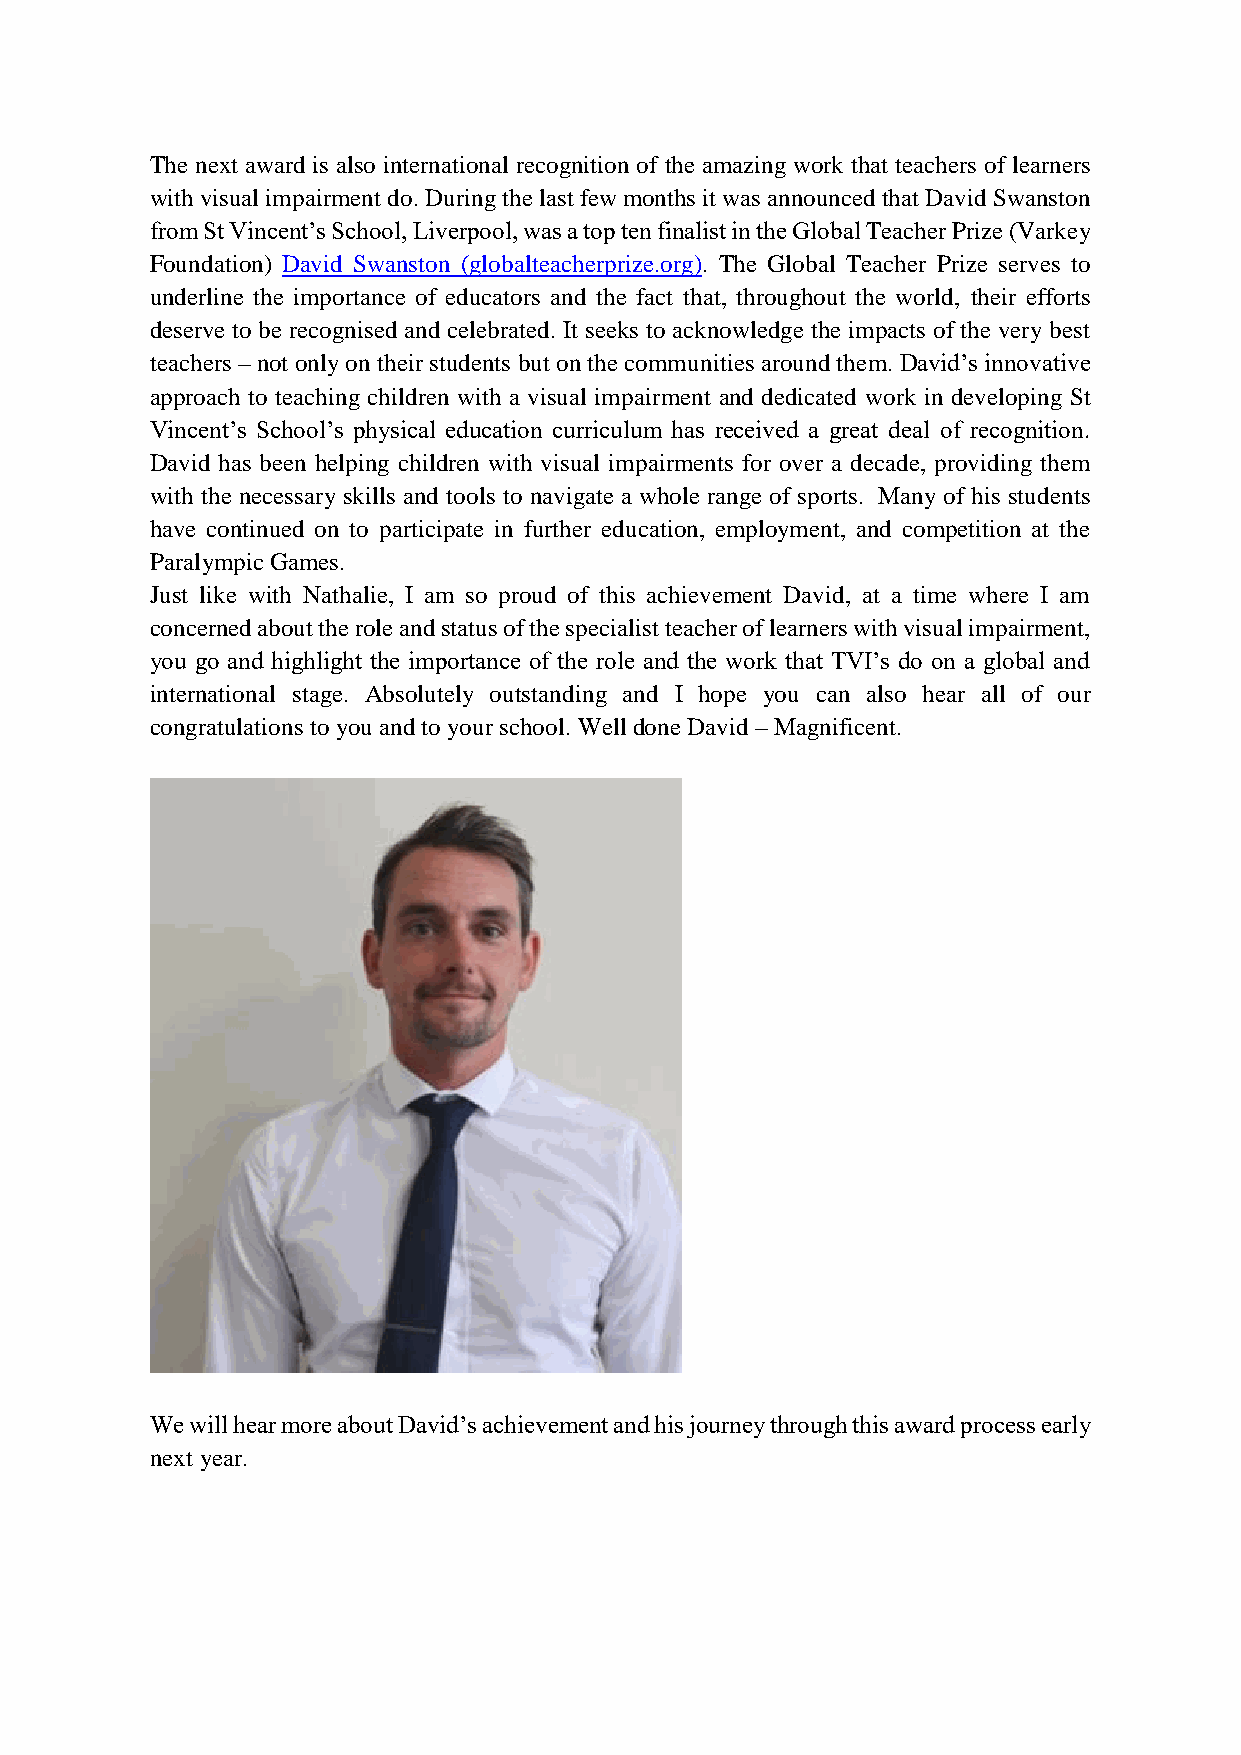
The next award is also international recognition of the amazing work that teachers of learners
 with visual impairment do. During the last few months it was announced that David Swanston
 from St Vincent’s School, Liverpool, was a top ten finalist in the Global Teacher Prize (Varkey
 Foundation) David Swanston (globalteacherprize.org). The Global Teacher Prize serves to
 underline the importance of educators and the fact that, throughout the world, their efforts
 deserve to be recognised and celebrated. It seeks to acknowledge the impacts of the very best
 teachers – not only on their students but on the communities around them. David’s innovative
 approach to teaching children with a visual impairment and dedicated work in developing St
 Vincent’s School’s physical education curriculum has received a great deal of recognition.
 David has been helping children with visual impairments for over a decade, providing them
 with the necessary skills and tools to navigate a whole range of sports. Many of his students
 have continued on to participate in further education, employment, and competition at the
 Paralympic Games.
 Just like with Nathalie, I am so proud of this achievement David, at a time where I am
 concerned about the role and status of the specialist teacher of learners with visual impairment,
 you go and highlight the importance of the role and the work that TVI’s do on a global and
 international stage. Absolutely outstanding and I hope you can also hear all of our
 congratulations to you and to your school. Well done David – Magnificent.
 We will hear more about David’s achievement and his journey through this award process early
 next year.